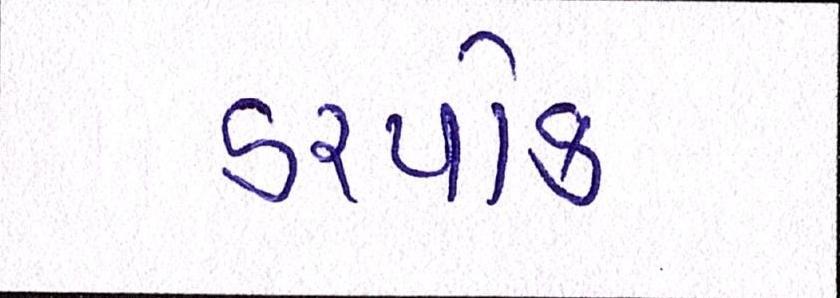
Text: ડરપોક